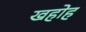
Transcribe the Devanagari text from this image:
खहोह